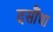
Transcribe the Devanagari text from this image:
दसौंधा